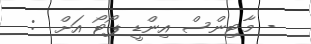
- މާޓިންސް އިންޑީ ޕޯޓޯ އަށް  :